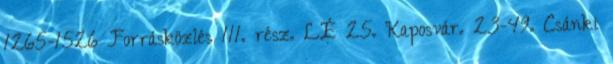
1265-1526 Forrásközlés 111. rész. LÉ 25. Kaposvár. 23-49. Csánki